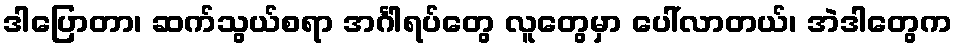
ဒါပြောတာ၊ ဆက်သွယ်စရာ အင်္ဂါရပ်တွေ လူတွေမှာ ပေါ်လာတယ်၊ အဲဒါတွေက